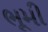
ભૂમી